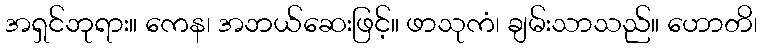
အရှင်ဘုရား။ ကေန၊ အဘယ်ဆေးဖြင့်။ ဖာသုကံ၊ ချမ်းသာသည်။ ဟောတိ၊